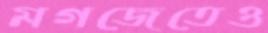
মগজেতেও